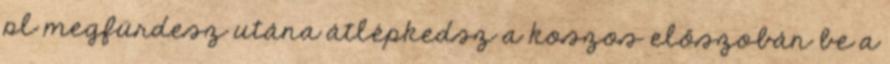
pl megfürdesz utána átlépkedsz a koszos előszobán be a